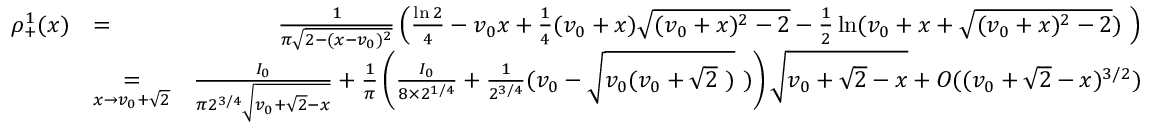
\begin{array} { r l r } { \rho _ { + } ^ { 1 } ( x ) } & { = } & { \frac { 1 } { \pi \sqrt { 2 - ( x - v _ { 0 } ) ^ { 2 } } } \left( \frac { \ln 2 } { 4 } - v _ { 0 } x + \frac { 1 } { 4 } ( v _ { 0 } + x ) \sqrt { ( v _ { 0 } + x ) ^ { 2 } - 2 } - \frac { 1 } { 2 } \ln ( v _ { 0 } + x + \sqrt { ( v _ { 0 } + x ) ^ { 2 } - 2 } ) \ \right) } \\ & { \underset { x \to v _ { 0 } + \sqrt { 2 } } { = } } & { \frac { I _ { 0 } } { \pi 2 ^ { 3 / 4 } \sqrt { v _ { 0 } + \sqrt { 2 } - x } } + \frac { 1 } { \pi } \left( \frac { I _ { 0 } } { 8 \times 2 ^ { 1 / 4 } } + \frac { 1 } { 2 ^ { 3 / 4 } } ( v _ { 0 } - \sqrt { v _ { 0 } ( v _ { 0 } + \sqrt { 2 } \ ) } \ ) \right) \sqrt { v _ { 0 } + \sqrt { 2 } - x } + O ( ( v _ { 0 } + \sqrt { 2 } - x ) ^ { 3 / 2 } ) } \end{array}